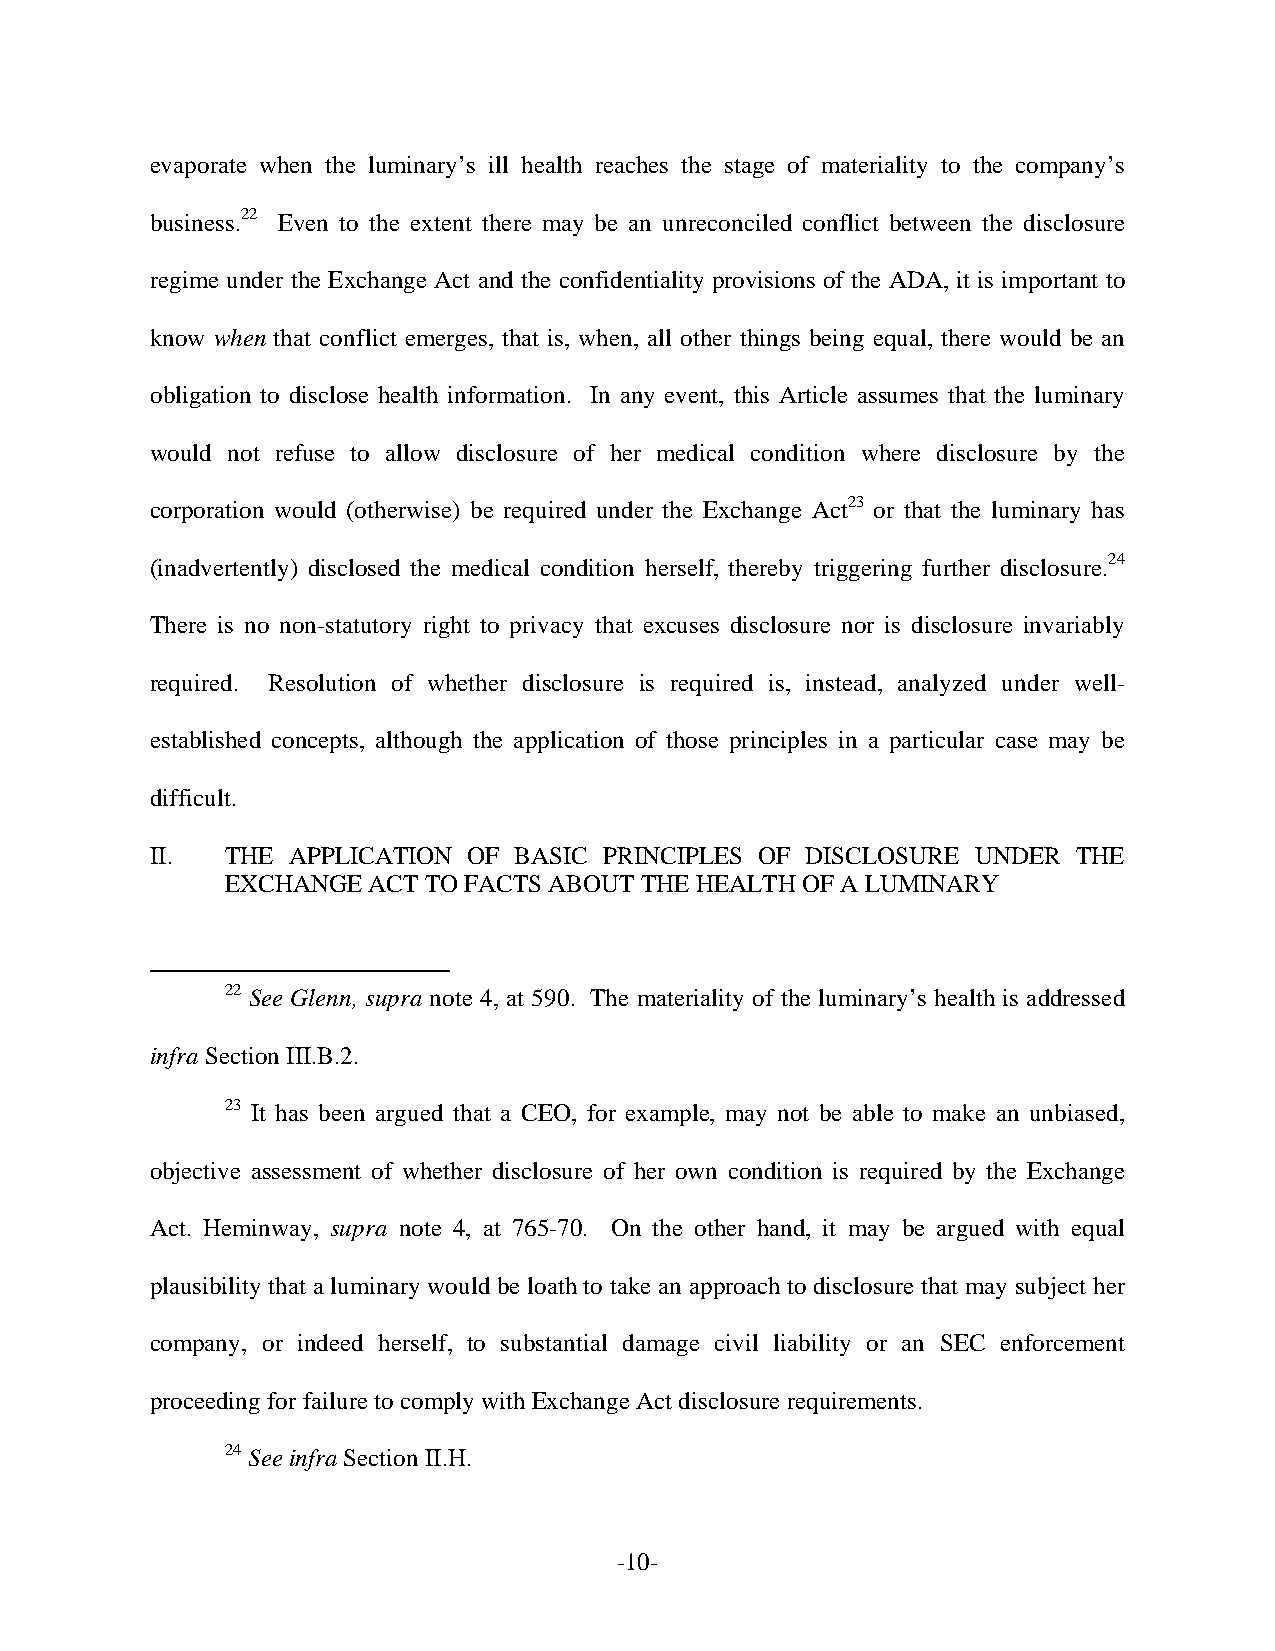
evaporate when the luminary’s ill health reaches the stage of materiality to the company’s
 business.22 Even to the extent there may be an unreconciled conflict between the disclosure
 regime under the Exchange Act and the confidentiality provisions of the ADA, it is important to
 know when that conflict emerges, that is, when, all other things being equal, there would be an
 obligation to disclose health information. In any event, this Article assumes that the luminary
 would not refuse to allow disclosure of her medical condition where disclosure by the
 corporation would (otherwise) be required under the Exchange Act23 or that the luminary has
 (inadvertently) disclosed the medical condition herself, thereby triggering further disclosure.24
 There is no non-statutory right to privacy that excuses disclosure nor is disclosure invariably
 required. Resolution of whether disclosure is required is, instead, analyzed under well-
 established concepts, although the application of those principles in a particular case may be
 difficult.
 II.  THE APPLICATION OF BASIC PRINCIPLES OF DISCLOSURE UNDER THE
 EXCHANGE ACT TO FACTS ABOUT THE HEALTH OF A LUMINARY
 22 See Glenn, supra note 4, at 590. The materiality of the luminary’s health is addressed
 infra Section III.B.2.
 23 It has been argued that a CEO, for example, may not be able to make an unbiased,
 objective assessment of whether disclosure of her own condition is required by the Exchange
 Act. Heminway, supra note 4, at 765-70. On the other hand, it may be argued with equal
 plausibility that a luminary would be loath to take an approach to disclosure that may subject her
 company, or indeed herself, to substantial damage civil liability or an SEC enforcement
 proceeding for failure to comply with Exchange Act disclosure requirements.
 24 See infra Section II.H.
 -10-